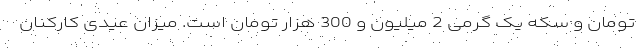
تومان و سکه یک گرمی 2 میلیون و 300 هزار تومان است. میزان عیدی کارکنان